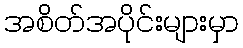
အစိတ်အပိုင်းများမှာ